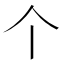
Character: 个